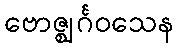
ဗောဇ္ဈင်္ဂဝသေန